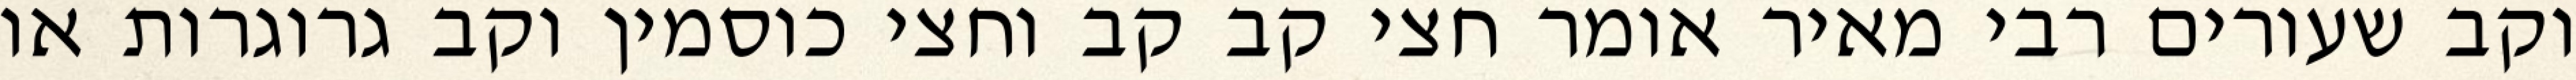
וקב שעורים רבי מאיר אומר חצי קב קב וחצי כוסמין וקב גרוגרות או